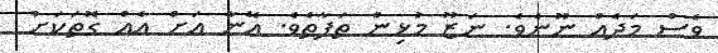
ވެސް މަދެއް ނޫނެވެ. ނަޒޫ މުޅިން ތަފާތެވެ. އޭނާ އަށް އެއް ގޮތަކަށް